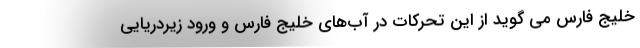
خليج فارس مي گويد از اين تحركات در آب‌های خلیج فارس و ورود زیردریایی